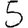
Digit: 5